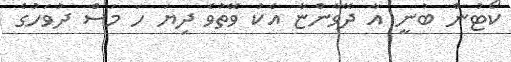
ކޯޓުން ބުނީ އާ ދޭވާންޏާ އެކު ވޭތުވެ ދިޔަ ހަ މަސް ދުވަހުގެ